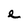
Character: e